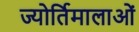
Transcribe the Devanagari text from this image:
ज्योर्तिमालाओं